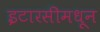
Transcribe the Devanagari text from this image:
इटारसीमधून